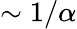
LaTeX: \sim 1/\alpha